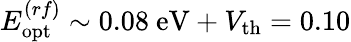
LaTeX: E_{\textrm{opt}}^{(rf)}\sim 0.08\ \mathrm{eV}+V_{\mathrm{th}}=0.10